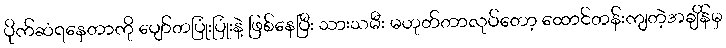
ပိုက်ဆံရနေတာကို ပျော်တပြုံးပြုံးနဲ့ ဖြစ်နေပြီး သားသမီး မဟုတ်တာလုပ်တော့ ထောင်တန်းကျတဲ့အချိန်မှ